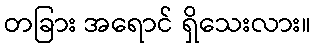
တခြား အရောင် ရှိသေးလား။